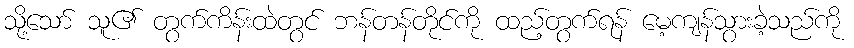
သို့သော် သူ၏ တွက်ကိန်းထဲတွင် ဘန်တန်တိုင်ကို ထည့်တွက်ရန် မေ့ကျန်သွားခဲ့သည်ကို